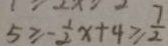
5 \geq - \frac { 1 } { 2 } x + 4 \geq \frac { 7 } { 2 }